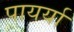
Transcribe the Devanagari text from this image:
पायर्या